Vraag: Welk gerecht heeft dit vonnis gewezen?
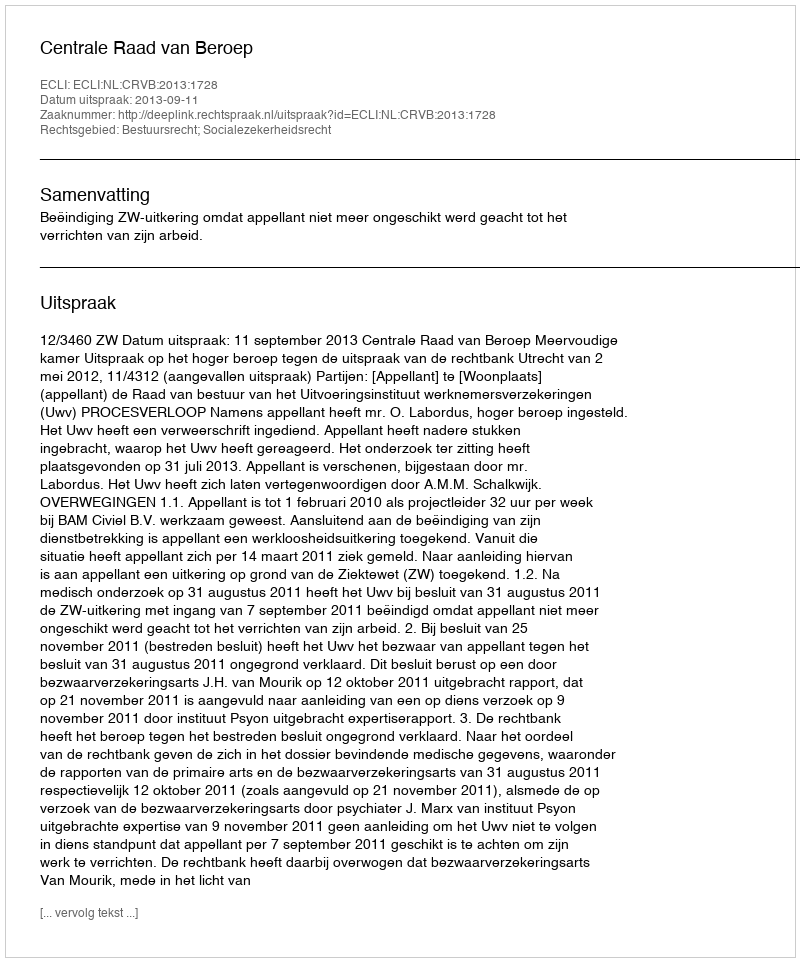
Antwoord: Centrale Raad van Beroep